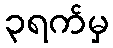
၃ရက်မှ